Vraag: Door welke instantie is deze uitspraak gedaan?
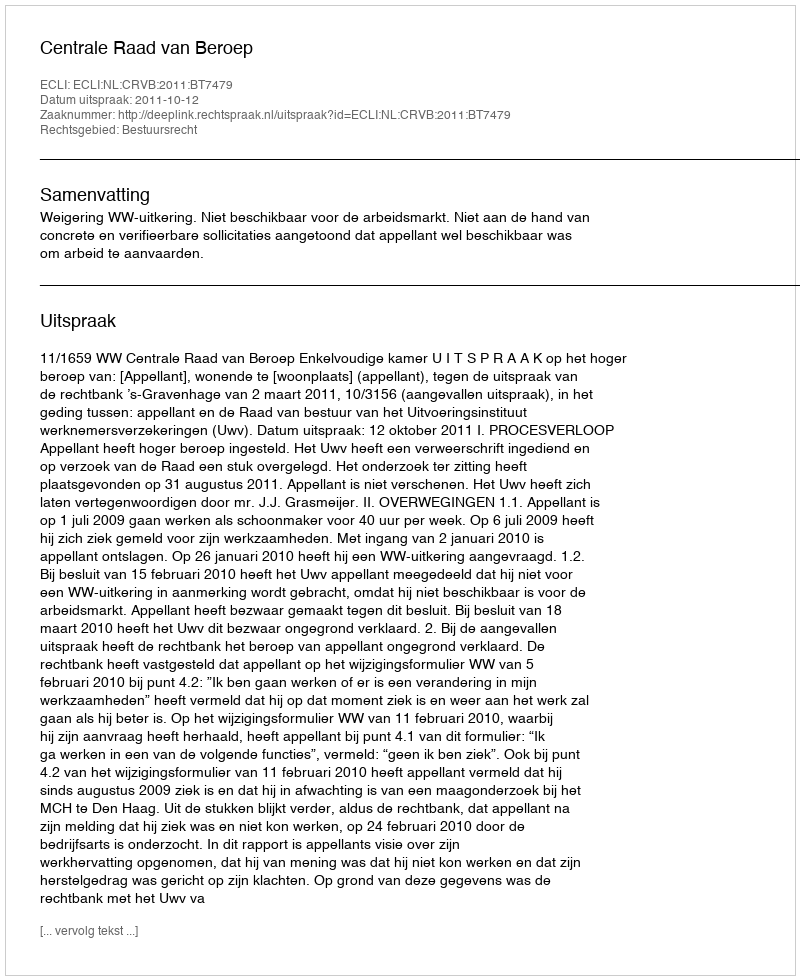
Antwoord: Centrale Raad van Beroep